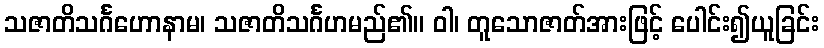
သဇာတိသင်္ဂဟောနာမ၊ သဇာတိသင်္ဂဟမည်၏။ ဝါ၊ တူသောဇာတ်အားဖြင့် ပေါင်း၍ယူခြင်း